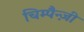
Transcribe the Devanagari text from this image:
चिम्पैन्ज़ी